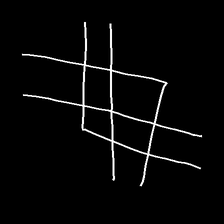
Glyph: crystal